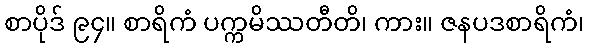
စာပိုဒ် ၉၄။ စာရိကံ ပက္ကမိဿတီတိ၊ ကား။ ဇနပဒစာရိကံ၊